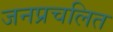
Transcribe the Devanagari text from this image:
जनप्रचलित